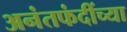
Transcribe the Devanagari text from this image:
अनंतफंदींच्या